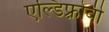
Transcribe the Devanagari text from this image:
एल्डिफ़्रोवी